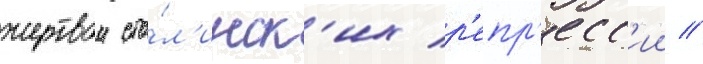
жертвои ста́л'инск'их р'епр'есс'ии //